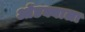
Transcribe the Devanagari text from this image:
ओंडक्याला